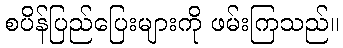
စပိန်ပြည်ပြေးများကို ဖမ်းကြသည်။